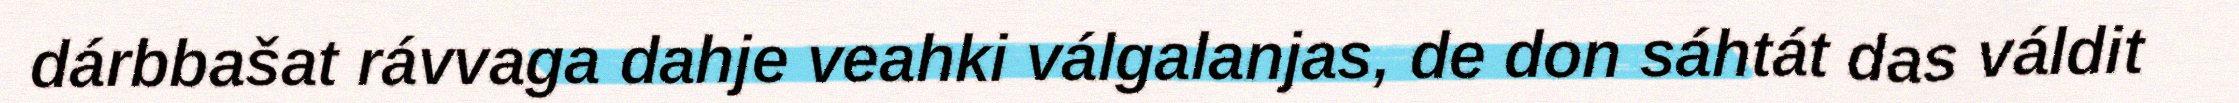
dárbbašat rávvaga dahje veahki válgalanjas, de don sáhtát das váldit